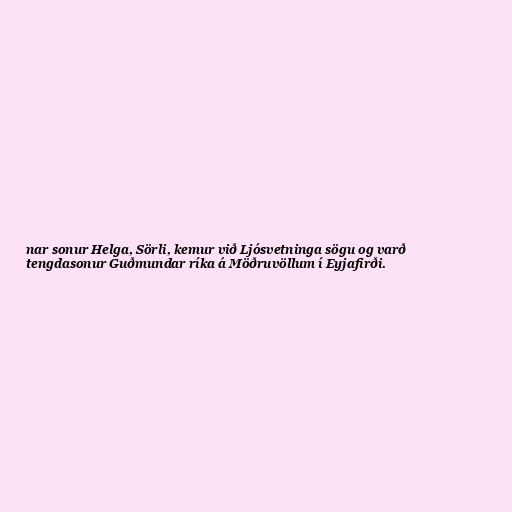
nar sonur Helga, Sörli, kemur við Ljósvetninga sögu og varð
tengdasonur Guðmundar ríka á Möðruvöllum í Eyjafirði.